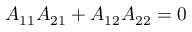
A _ { 1 1 } A _ { 2 1 } + A _ { 1 2 } A _ { 2 2 } = 0